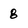
Character: 8